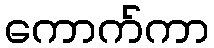
ကောက်ကာ